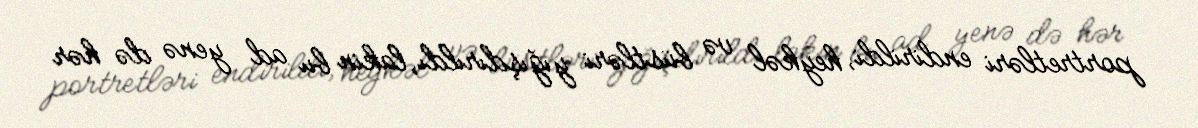
portretləri endirildi, heykəl və büstləri yığışdırıldı, lakin bu ad yenə də hər